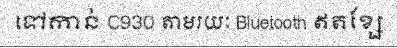
ទៅកាន់ C930 តាមរយៈ Bluetooth ឥតខ្សែ